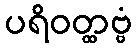
ပရိဝတ္ထဗ္ဗံ